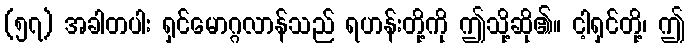
(၅၇) အခါတပါး ရှင်မောဂ္ဂလာန်သည် ရဟန်းတို့ကို ဤသို့ဆို၏။ ငါ့ရှင်တို့၊ ဤ